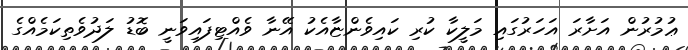
ޢުމުރުން އަށާރަ އަހަރުގައި މަލީކާ ކުރި ކައިވެންޏާއެކު އޭނާ ވެއްޓިފައިވަނީ ބޮޑު ލަދުވެތިކަމެއްގެ